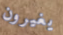
يغيرون